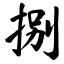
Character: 捌